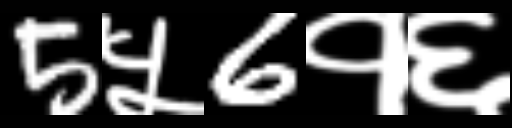
Text: 5५6१६